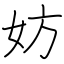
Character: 妨